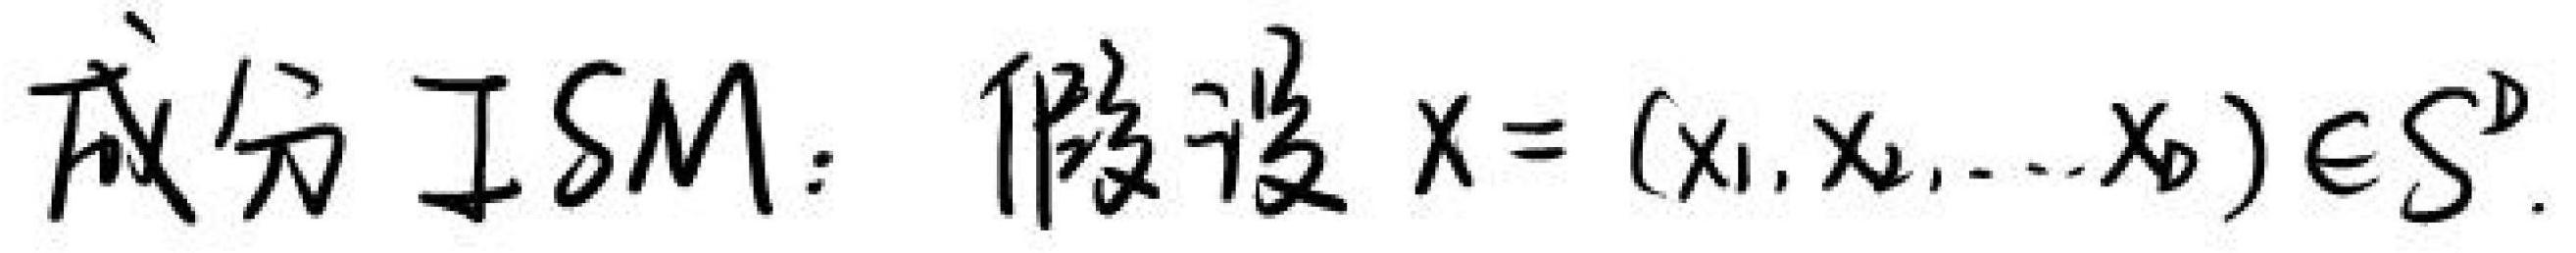
成分 ISM：假设 $x=(x_1,x_2,\ldots,x_D)\in S^D$.